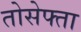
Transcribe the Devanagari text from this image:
तोसेफ्ता